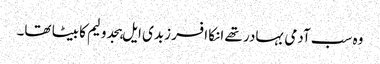
وہ سب آدمی بہادر تھے انکا افسر زبدی ایل ہجدولیم کا بیٹا تھا۔